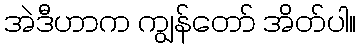
အဲဒီဟာက ကျွန်တော် အိတ်ပါ။